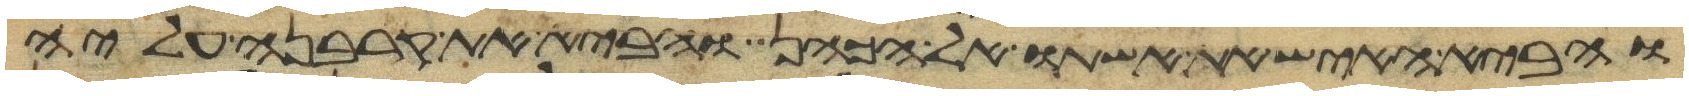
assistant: והביא האיש את אשתו אל הכהן והביא את קרבנה עליה